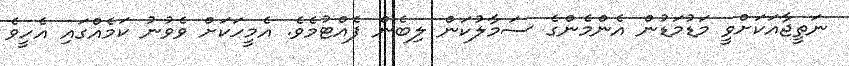
ނަތީޖާއަކަށްވީ މަޑުމަޑުން އެންމެންގެ ސަމާލުކަން ލިބެން ފެއްޓުމެވެ. އެމީހަކަށް ވެވުނު ކަމެއްގައި އެހީވެ